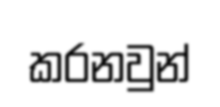
කරනවුන්